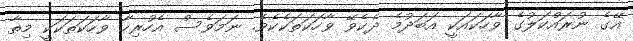
އޭގެ ނުރައްކަލުގެ ވާހަކައަކީ އަބަދުމެ ދެކެވޭ ވާހަކަތަކެކެވެ. ނަމަވެސް އެހުރިހާ ވާހަކަތަކަކީ މިތާ